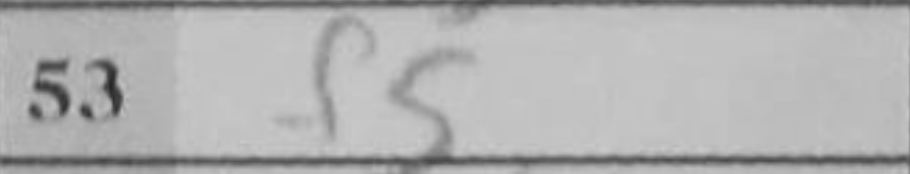
Transcription: f5